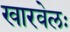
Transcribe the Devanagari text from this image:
खारवेलः